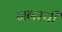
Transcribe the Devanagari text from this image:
नगरची